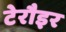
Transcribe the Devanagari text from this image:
टेरौइर